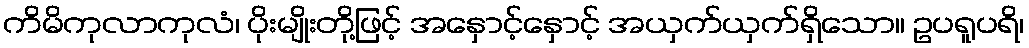
ကိမိကုလာကုလံ၊ ပိုးမျိုးတို့ဖြင့် အနှောင့်နှောင့် အယှက်ယှက်ရှိသော။ ဥပရူပရိ၊